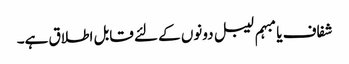
شفاف یا مبہم لیبل دونوں کے لئے قابل اطلاق ہے۔